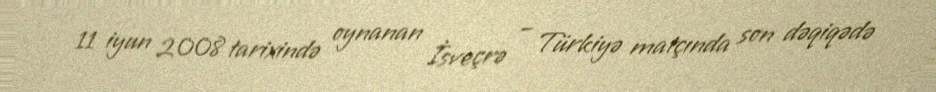
11 iyun 2008 tarixində oynanan İsveçrə – Türkiyə matçında son dəqiqədə